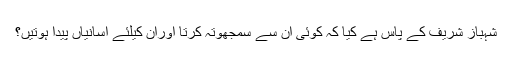
شہباز شریف کے پاس ہے کیا کہ کوئی اُن سے سمجھوتہ کرتا اوران کیلئے آسانیاں پیدا ہوتیں؟